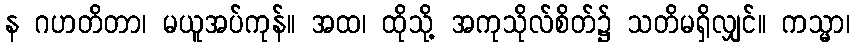
န ဂဟတိတာ၊ မယူအပ်ကုန်။ အထ၊ ထိုသို့ အကုသိုလ်စိတ်၌ သတိမရှိလျှင်။ ကသ္မာ၊